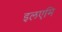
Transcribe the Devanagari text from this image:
इलएमि